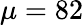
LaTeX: \mu=82